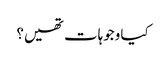
کیا وجوہات تھیں؟